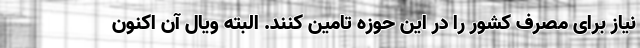
نیاز برای مصرف کشور را در این حوزه تامین کنند.‌ البته ویال آن اکنون